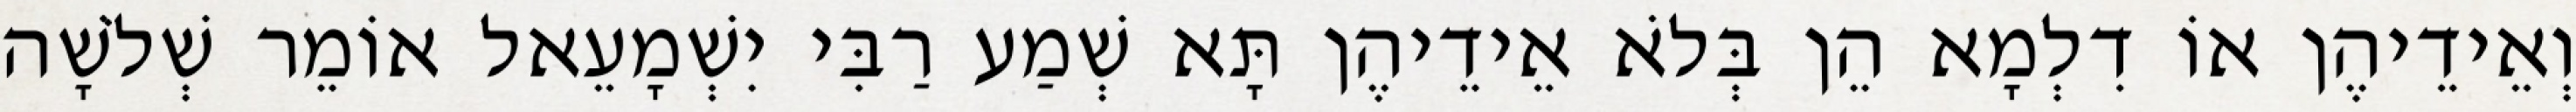
וְאֵידֵיהֶן אוֹ דִלְמָא הֵן בְּלֹא אֵידֵיהֶן תָּא שְׁמַע רַבִּי יִשְׁמָעֵאל אוֹמֵר שְׁלֹשָׁה